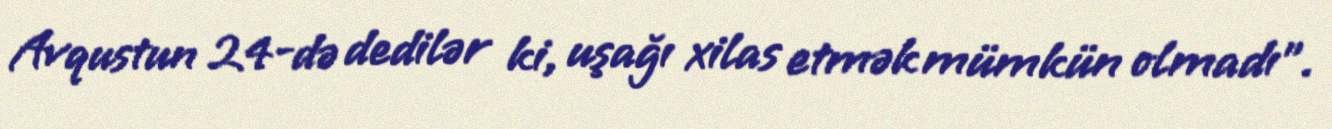
Avqustun 24-də dedilər ki, uşağı xilas etmək mümkün olmadı”.